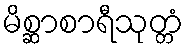
မိစ္ဆာစာရီသုတ္တံ